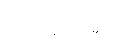
ပေးသွင်း၍